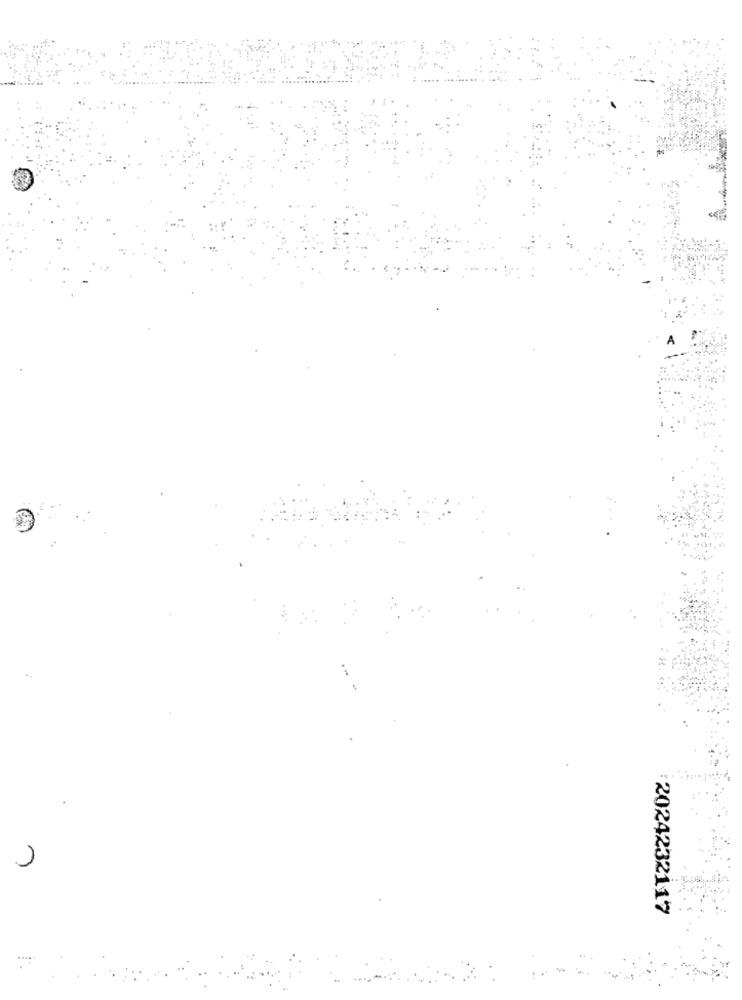
2024232117